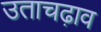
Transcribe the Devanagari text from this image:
उताचढ़ाव